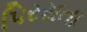
પિરસતા